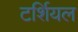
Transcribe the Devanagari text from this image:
टर्शियल